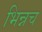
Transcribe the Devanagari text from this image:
भिन्नच